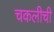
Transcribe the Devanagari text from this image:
चकलीची